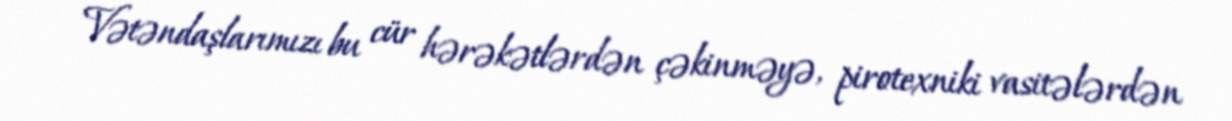
Vətəndaşlarımızı bu cür hərəkətlərdən çəkinməyə, pirotexniki vasitələrdən